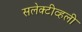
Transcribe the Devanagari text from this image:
सलेक्टीव्हली